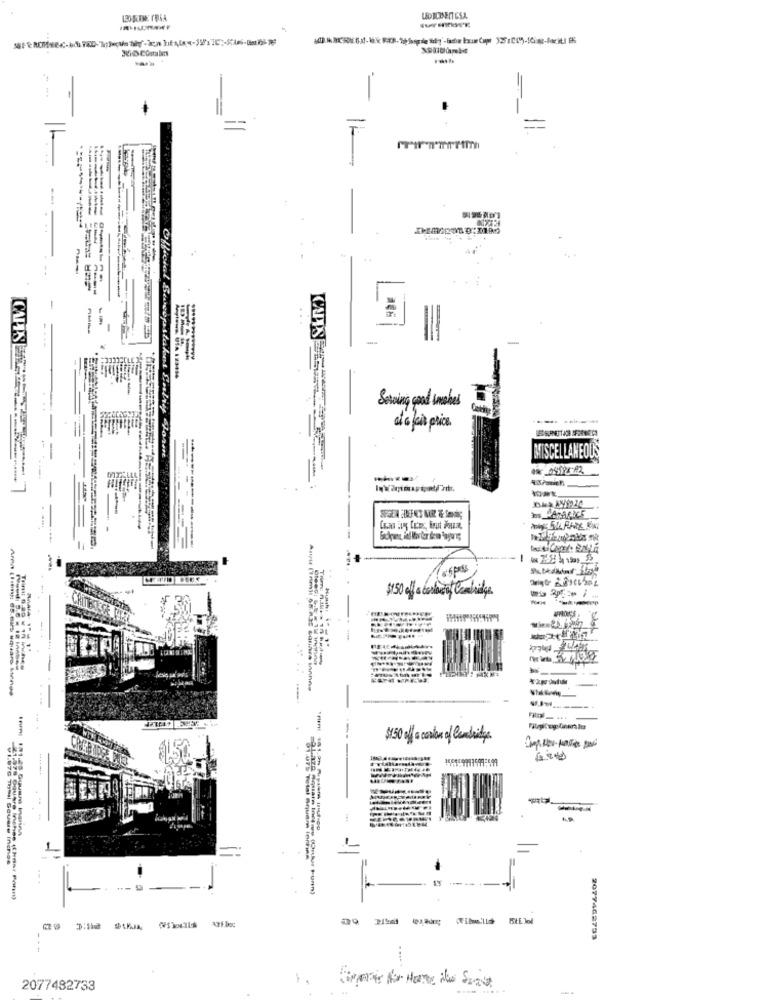
=
-------
--
...
-
--
Serving good makes
et c cis price
BMISCELLANEOUS
--
-
Tospese
$150 of certain Cambridge
--
Huuh: 1 -1*
Trim n.Jules 15 hadimy
$150 off cation of Cambridge
Laza Aquar Inwaive (Onkur Fur)
22378 Gautre inches (thenar Ponen)
2077462753
--
2077482733